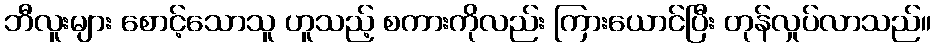
ဘီလူးများ စောင့်သောသူ ဟူသည့် စကားကိုလည်း ကြားယောင်ပြီး တုန်လှုပ်လာသည်။